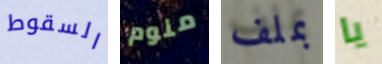
السقوط منوم بملف يا